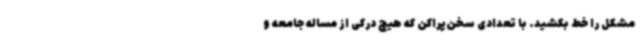
مشکل را خط بکشید. با تعدادی سخن‌پراکن که هیچ درکی از مساله جامعه و